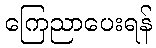
ကြေညာပေးရန်